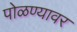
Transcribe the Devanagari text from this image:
पोळण्यावर